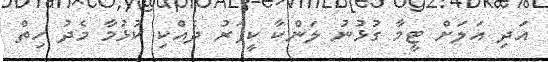
އަދި އަލަށް ޓީމާ ގުޅުނު ލަންކާ ކީޕަރު ދެއްކި ކުޅުމާ މެދު ހިތް